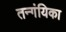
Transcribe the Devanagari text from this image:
तन्गंयिका